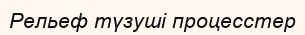
Рельеф түзуші процесстер